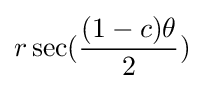
r\sec({\frac {(1-c)\theta }{2}})